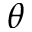
\theta